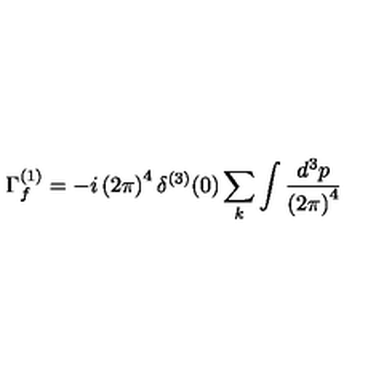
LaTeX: \Gamma _ { f } ^ { ( 1 ) } = - i \left( 2 \pi \right) ^ { 4 } \delta ^ { ( 3 ) } ( 0 ) \sum _ { k } \int \frac { d ^ { 3 } p } { \left( 2 \pi \right) ^ { 4 } }